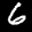
Label: 6